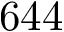
6 4 4